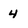
Character: 4